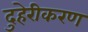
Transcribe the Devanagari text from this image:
दुहेरीकरण